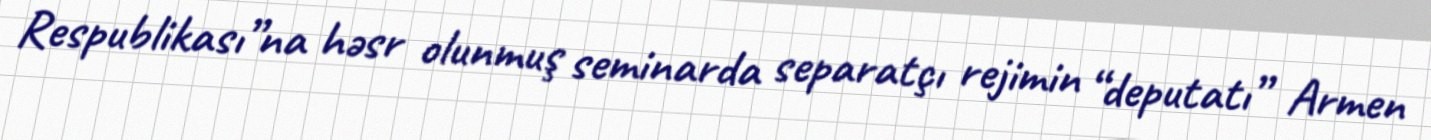
Respublikası”na həsr olunmuş seminarda separatçı rejimin “deputatı” Armen